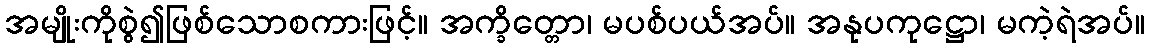
အမျိုးကိုစွဲ၍ဖြစ်သောစကားဖြင့်။ အက္ခိတ္တော၊ မပစ်ပယ်အပ်။ အနုပကုဋ္ဌော၊ မကဲ့ရဲအပ်။